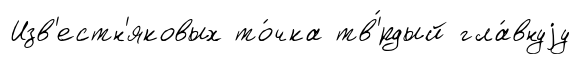
Изв'естн'яковых то́чка тв'́рдый гла́внуjу